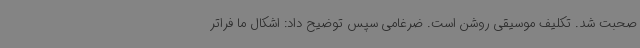
صحبت شد. تکلیف موسیقی روشن است. ضرغامی سپس توضیح داد: اشکال ما فراتر